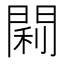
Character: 𫔣